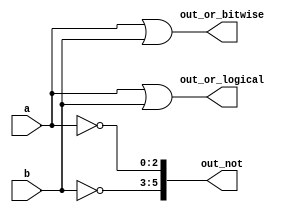
`timescale 1ns/1ns

module vectorgates(

    input [2:0] a, b,
    output [2:0] out_or_bitwise,
    output out_or_logical,
    output [5:0] out_not
);

    assign out_or_bitwise = a | b;
    assign out_or_logical = a||b;
    assign out_not [5:3] = ~b; // bitwise not
    assign out_not [2:0] = ~a;
    

endmodule


module tb;
    reg [2:0] a, b;
    wire [2:0] out_or_bitwise;
    wire out_or_logical;
    wire [5:0] out_not;

    vectorgates u0 (.a(a), .b(b), .out_not(out_not), .out_or_bitwise(out_or_bitwise), .out_or_logical(out_or_logical));

    initial begin
        a = 1'b0;
        b = 1'b0;  
    end


    initial begin
        $monitor("%b", out_or_bitwise);
        $monitor("%b", out_or_logical);
        $monitor("%b", out_not);
        $finish;
    end

endmodule